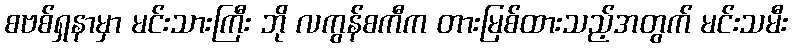
စဗစ်ရှနာမှာ မင်းသားကြီး ဘို လကွန်စကီက တားမြစ်ထားသည့်အတွက် မင်းသမီး